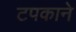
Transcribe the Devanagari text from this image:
टपकाने